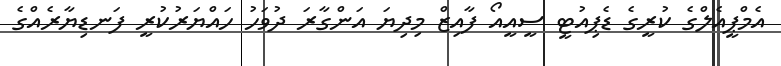
އެމްޕީއެލްގެ ކުރީގެ ޑެޕިއުޓީ ސީއީއޯ ފާއިޒް މިދިޔަ އަންގާރަ ދުވަހު ހައްޔަރުކުރީ ފަނޑިޔާރެއްގެ